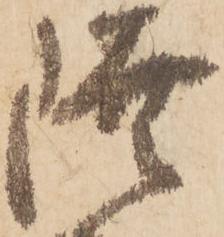
陸